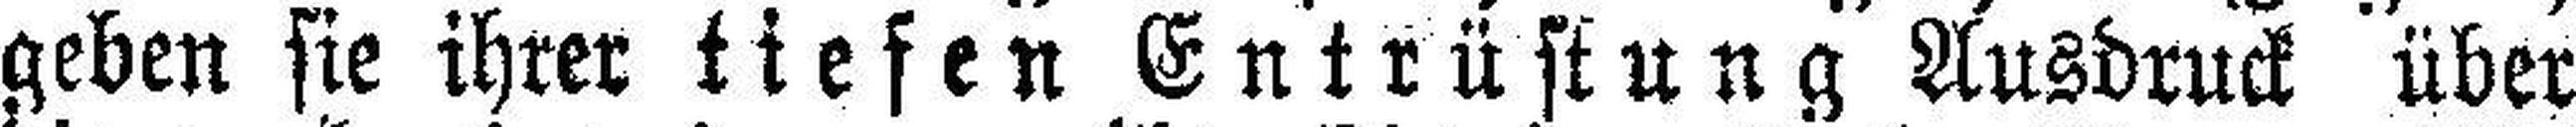
geben sie ihrer tiefen Entrüstung Ausdruck über